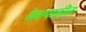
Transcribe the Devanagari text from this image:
रेलगाडीत